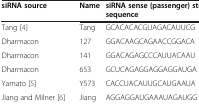
<table><thead><tr><td><b>siRNA source</b></td><td><b>Name</b></td><td><b>siRNA sense (passenger) strand sequence</b></td></tr></thead><tbody><tr><td>Tang [4]</td><td>Tang</td><td>GCACACACGUAGACAUUCG</td></tr><tr><td>Dharmacon</td><td>127</td><td>GGACAAGCAGAACCGGACA</td></tr><tr><td>Dharmacon</td><td>141</td><td>GGACAGAGCCCAUUACAAU</td></tr><tr><td>Dharmacon</td><td>653</td><td>GCUCAGAGGAGGAGGAUGA</td></tr><tr><td>Yamato [5]</td><td>Y573</td><td>CACCUACAUUGCAUGAAUA</td></tr><tr><td>Jiang and Milner [6]</td><td>Jiang</td><td>AGGAGGAUGAAAUAGAUGG</td></tr></tbody></table>